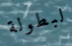
لبطولة